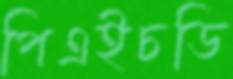
পিএইচডি